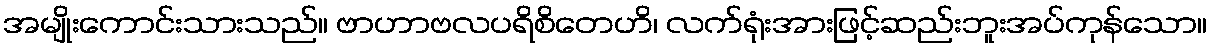
အမျိုးကောင်းသားသည်။ ဗာဟာဗလပရိစိတေဟိ၊ လက်ရုံးအားဖြင့်ဆည်းဘူးအပ်ကုန်သော။